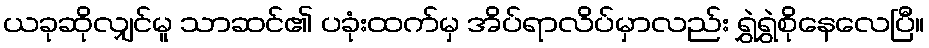
ယခုဆိုလျှင်မူ သာဆင်၏ ပခုံးထက်မှ အိပ်ရာလိပ်မှာလည်း ရွှဲရွှဲစိုနေလေပြီ။